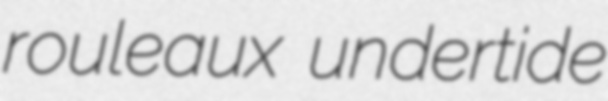
rouleaux undertide